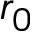
r _ { 0 }